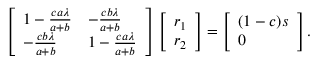
\begin{array} { r } { \left[ \begin{array} { l l } { 1 - \frac { c a \lambda } { a + b } } & { - \frac { c b \lambda } { a + b } } \\ { - \frac { c b \lambda } { a + b } } & { 1 - \frac { c a \lambda } { a + b } } \end{array} \right] \left[ \begin{array} { l } { r _ { 1 } } \\ { r _ { 2 } } \end{array} \right] = \left[ \begin{array} { l } { ( 1 - c ) s } \\ { 0 } \end{array} \right] . } \end{array}